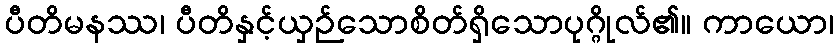
ပီတိမနဿ၊ ပီတိနှင့်ယှဉ်သောစိတ်ရှိသောပုဂ္ဂိုလ်၏။ ကာယော၊